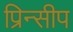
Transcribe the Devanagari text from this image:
प्रिन्सीप